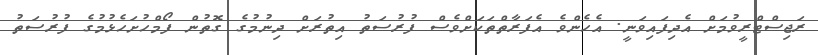
ރަޖިސްޓްރީވުމަށް އެދިފައިވަނީ. އެހެންވެ އެފަރާތްތަކަށްވެސް ފުރުސަތު އިތުރަށް ދިނުމުގެ ގޮތުން ފޯމްހުށަހެޅުމުގެ ފުރުސަތު